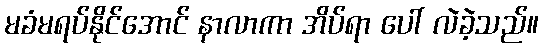
မခံမရပ်နိုင်အောင် နာလာကာ အိပ်ရာ ပေါ် လဲခဲ့သည်။